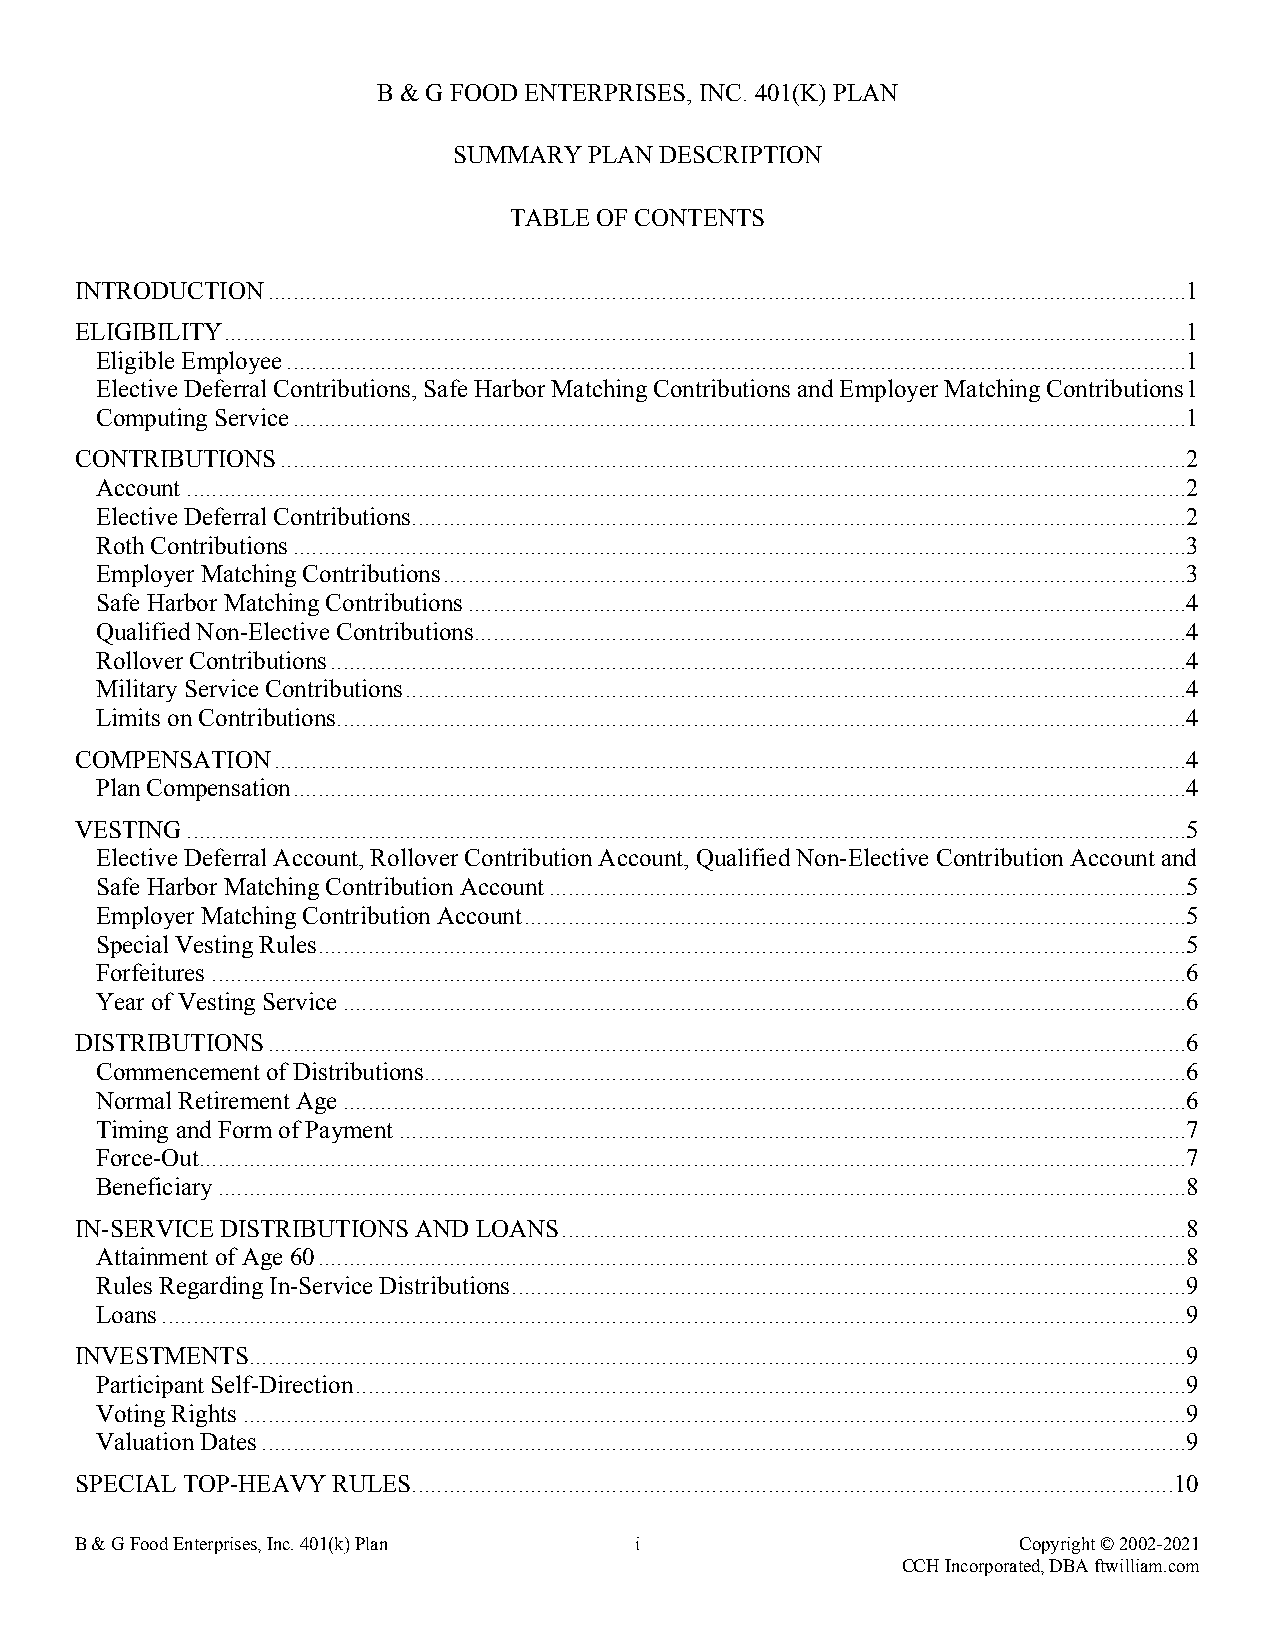
B & G FOOD ENTERPRISES, INC. 401(K) PLAN
 SUMMARY  PLAN DESCRIPTION
 TABLE OF CONTENTS
 INTRODUCTION...................................................................................................................................................1
 ELIGIBILITY..........................................................................................................................................................1
 Eligible Employee................................................................................................................................................1
 Elective Deferral Contributions, Safe Harbor Matching Contributions and Employer Matching Contributions1
 Computing Service...............................................................................................................................................1
 CONTRIBUTIONS.................................................................................................................................................2
 Account................................................................................................................................................................2
 Elective Deferral Contributions............................................................................................................................2
 Roth Contributions...............................................................................................................................................3
 Employer Matching Contributions.......................................................................................................................3
 Safe Harbor Matching Contributions...................................................................................................................4
 Qualified Non-Elective Contributions..................................................................................................................4
 Rollover Contributions.........................................................................................................................................4
 Military Service Contributions.............................................................................................................................4
 Limits on Contributions........................................................................................................................................4
 COMPENSATION..................................................................................................................................................4
 Plan Compensation...............................................................................................................................................4
 VESTING................................................................................................................................................................5
 Elective Deferral Account, Rollover Contribution Account, Qualified Non-Elective Contribution Account and
 Safe Harbor Matching Contribution Account......................................................................................................5
 Employer Matching Contribution Account..........................................................................................................5
 Special Vesting Rules...........................................................................................................................................5
 Forfeitures............................................................................................................................................................6
 Year of Vesting Service.......................................................................................................................................6
 DISTRIBUTIONS...................................................................................................................................................6
 Commencement of Distributions..........................................................................................................................6
 Normal Retirement Age.......................................................................................................................................6
 Timing and Form of Payment..............................................................................................................................7
 Force-Out..............................................................................................................................................................7
 Beneficiary...........................................................................................................................................................8
 IN-SERVICE DISTRIBUTIONS AND LOANS....................................................................................................8
 Attainment of Age 60...........................................................................................................................................8
 Rules Regarding In-Service Distributions............................................................................................................9
 Loans....................................................................................................................................................................9
 INVESTMENTS......................................................................................................................................................9
 Participant Self-Direction.....................................................................................................................................9
 Voting Rights.......................................................................................................................................................9
 Valuation Dates....................................................................................................................................................9
 SPECIAL TOP-HEAVY RULES..........................................................................................................................10
 B & G Food Enterprises, Inc. 401(k) Plan i                    Copyright © 2002-2021
 CCH Incorporated, DBA ftwilliam.com